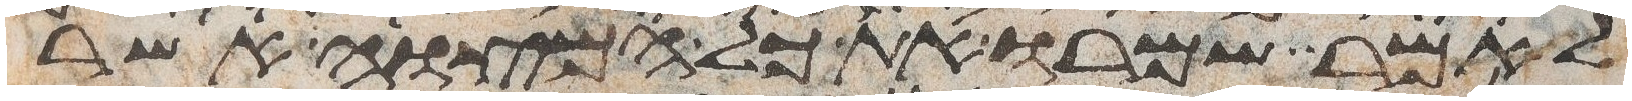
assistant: לאמר שמרו את כל המצוה אשר